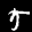
Label: 5